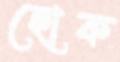
হোক